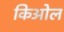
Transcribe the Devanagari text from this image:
किओल